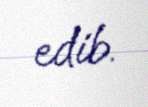
edib.